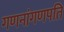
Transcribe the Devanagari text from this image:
गणनांगणपति